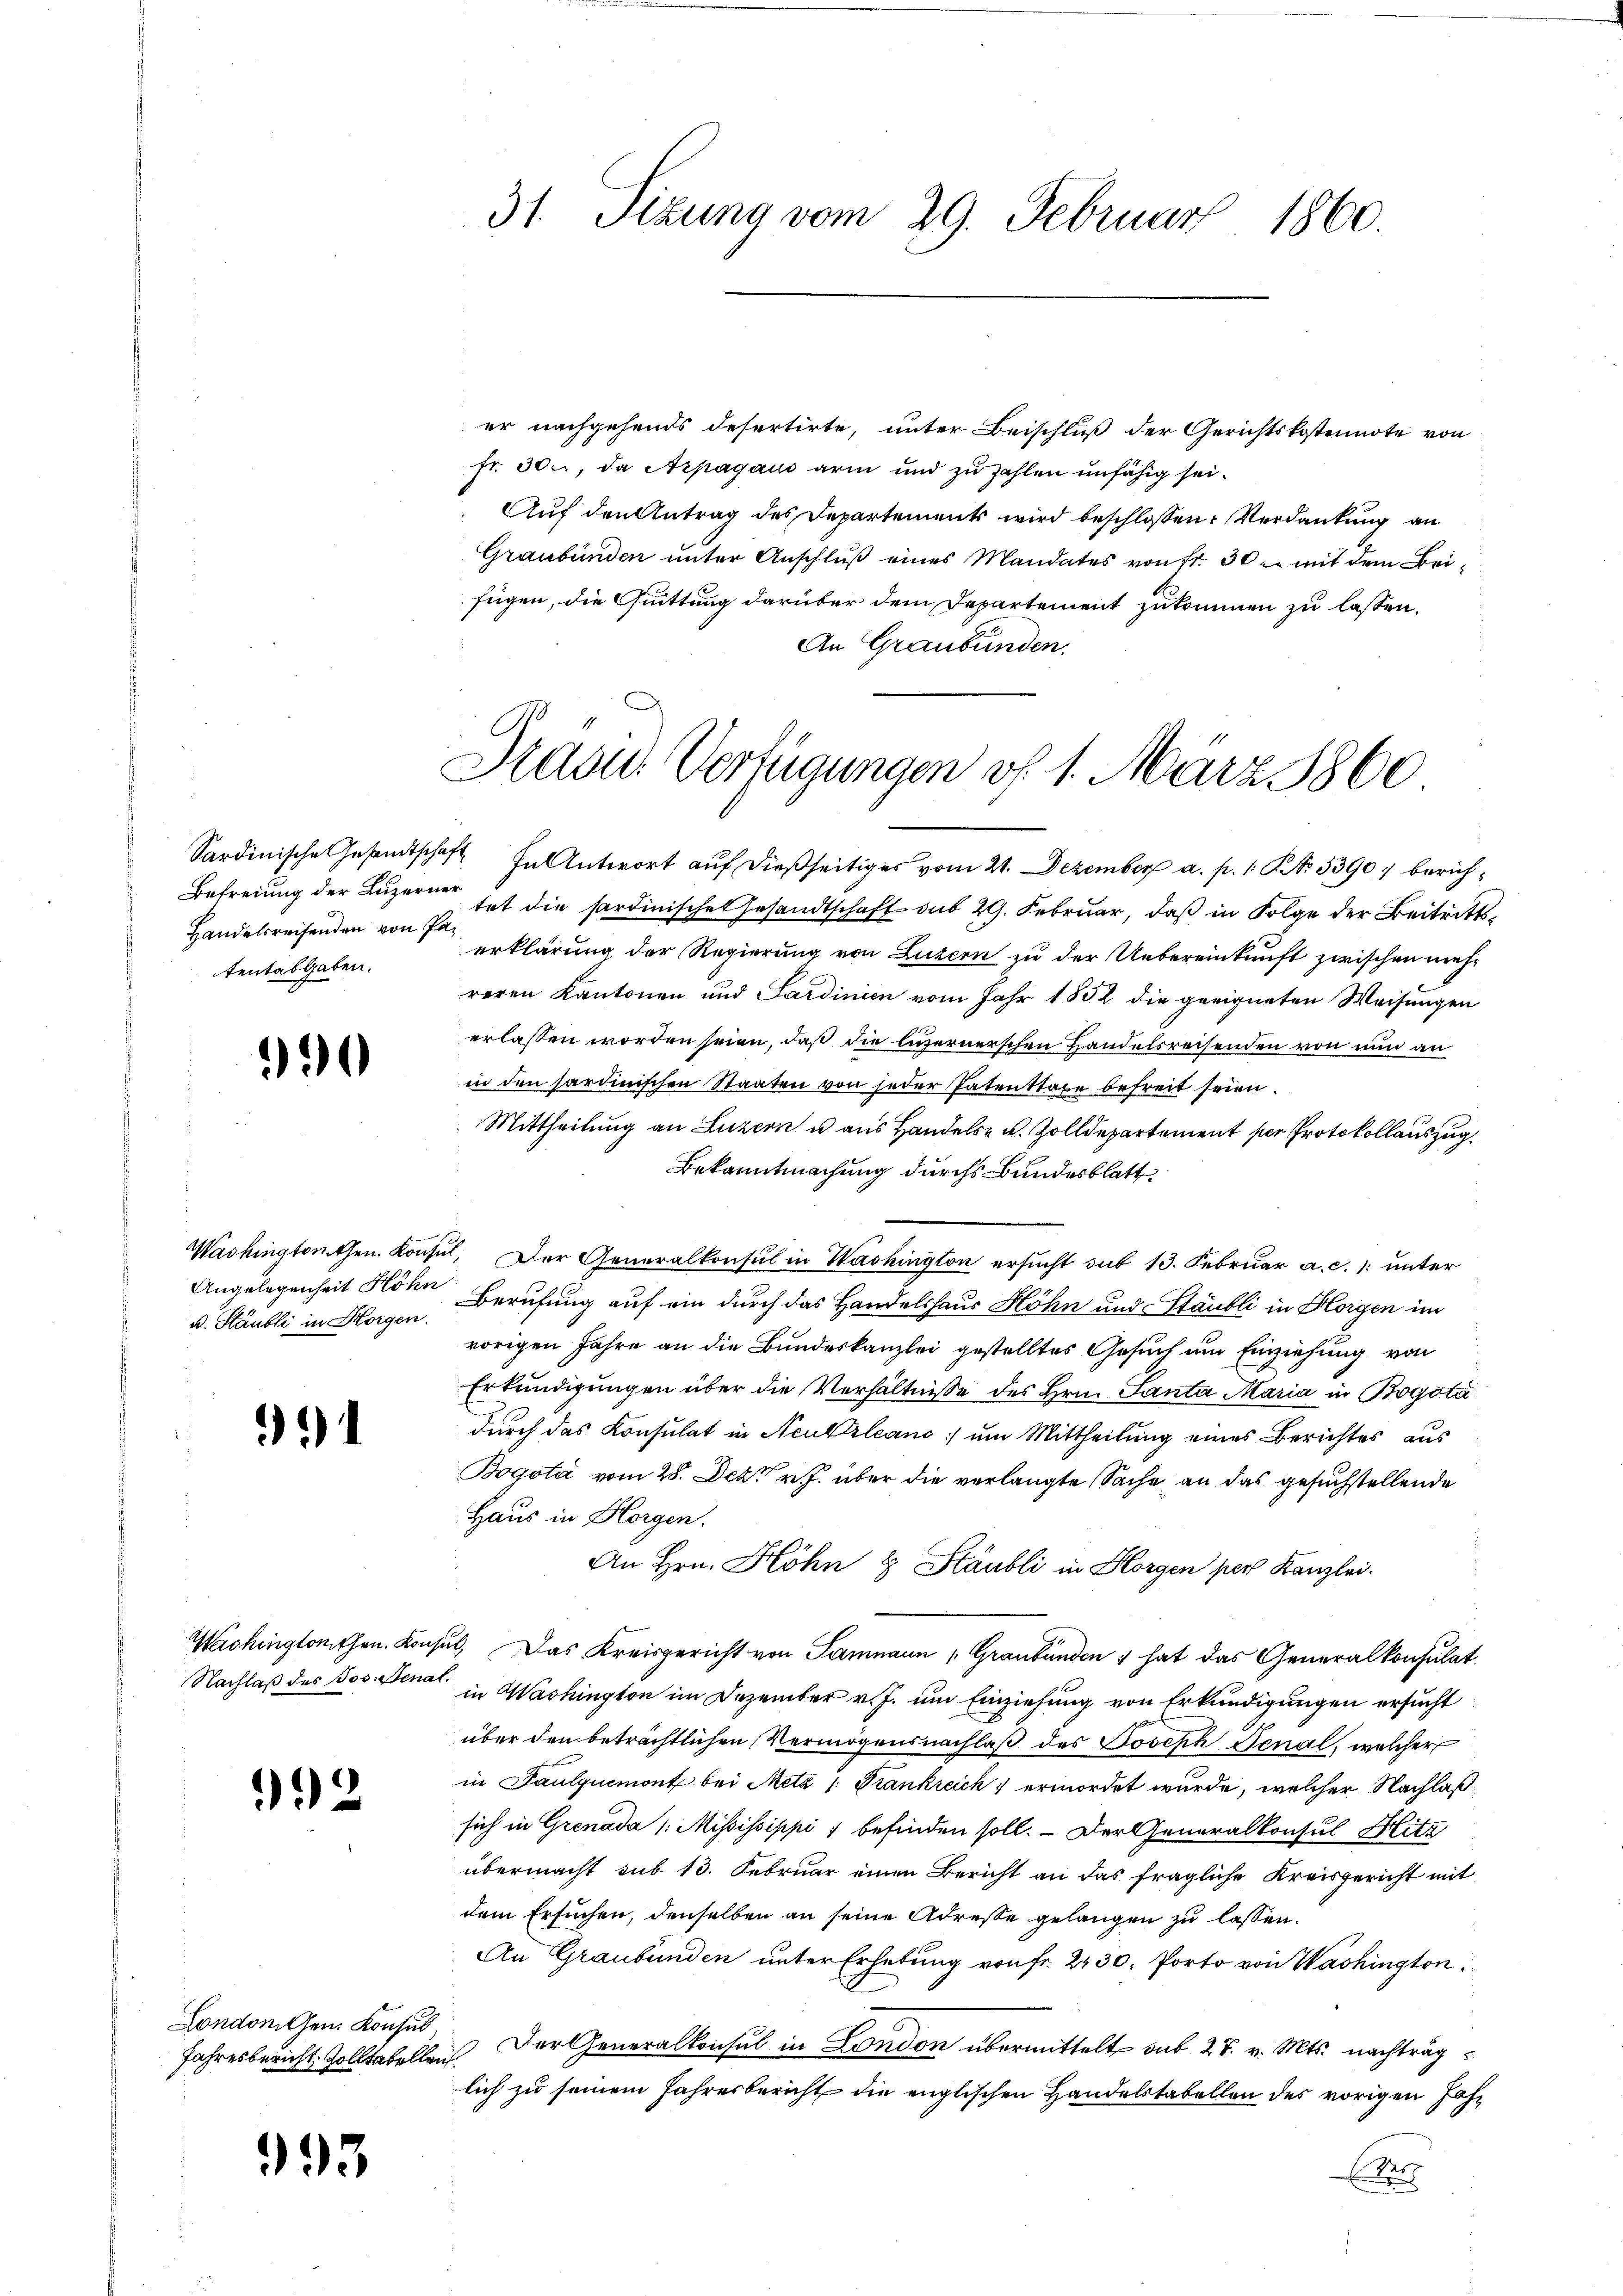
Handelsreifenden von Patentabgaben.

0

u. Stäubli in Horgen.

1

Wachingtonthen. Kon¬
Nachlaß des Jos. Sena

92

Londoni Gen. Konsul

993

er nachgehends desertirte, unter Beischluß der Gerichtskostennote von
fr. 30, da Arpagaus arm und zu zahlen unfähig sei¬
Auf den Antrag des Departements wird beschlossen: Verdankung an
Graubünden unter Anschluß eines Mandates von fr. 30. mit dem Beifügen, die Quittung darüber dem Departement zukommen zu lassen.
An Graubünden.

31. Sizung vom 29. Februar 1860.

Dradu Verfügungen vf. 1. März 1860.

Sardinische Gesandtschaft In Antwort auf dießseitiges vom 21. Dezember a. p. 1 Ro. 53907 berich¬
Befreiung der Luzerner hat die sardinisches Gesandtschaft sub 29. Februar, daß in Folge der Beitrittserklärung der Regierung von Luzern zu der Uebereinkunft zwischen mehr
reren Kantonen und Sardinien vom Jahr 1852 die geeigneten Weisungen
erlassen worden seien, daß die vernerschen Handelsreisenden von nun an
in den sardinischen Staaten von jeder Patenttaxe befreit seien.
Mittheilung an Luzern u aus Handels- u. Zolldepartement per Protokollauszug.
Bekanntmachung durchs Bundesblatt
Washingtonthen. Konsul, Der Generalkonsul in Washington ersucht sub 13. Februar a. c. unter
Angelegenheit Föhn Berufung auf ein durch das Handelshaus Höhn und Stäubli in Bleigen im
vorigen Jahre an die Bundeskanzlei gestelltes Gesuch um Einziehung von
Erkundigungen über die Verhältnisse des Hrn. Santa Maria in Bogota
durch das Konsulat in Neukrleans um Mittheilung eines Berichtes aus
Bogota vom 28. Dez. v. J. über die verlangte Sache an das gesuchstellende
Haus in Horgen.
An Hrn. Höhn 8 Stäubli in Horgen per Kanzlei.
sel. Das Kreisgericht von Samnaun (Graubünden 1 hat das Generalkonsulat
c. in Washington im Dezember v. J. um Einziehung von Erkundigungen ersucht
über den beträchtlichen Vermögensnachlaß des Joseph Senal, welcher
in Paulquemont bei Metz 1. Frankreich ermordet wurde, welcher Nachlaß
sich in Grenada /: Mississippi ; befinden soll. – Der Generalkonsul Hitz
übermacht sub 13. Februar einen Bericht an das fragliche Kreisgericht mit
dem Ersuchen, denselben an seine Adresse gelangen zu lassen.
An Graubünden unter Erhebung von fr. 2230. Porto von Washington
Jahresbericht, solltabelleich der Generalkonsul in London übermittelt sub 28. v. Mts. nachträglich zu seinem Jahresbericht die englischen Handelstabellen des vorigen Jahx